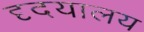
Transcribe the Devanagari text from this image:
दृदयालय